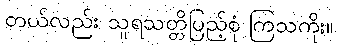
တယ်လည်း သူရသတ္တိပြည့်စုံ ကြသကိုး။